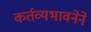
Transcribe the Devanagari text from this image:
कर्तव्यभावनेने